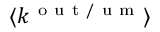
\langle k ^ { \mathrm { ~ o ~ u ~ t ~ / ~ u ~ m ~ } } \rangle